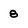
Character: 8